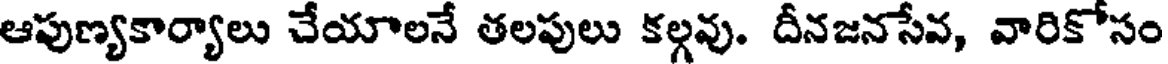
ఆపుణ్యకార్యాలు చేయాలనే తలపులు కల్గవు. దీనజనసేవ, వారికోసం